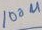
Text: 100u